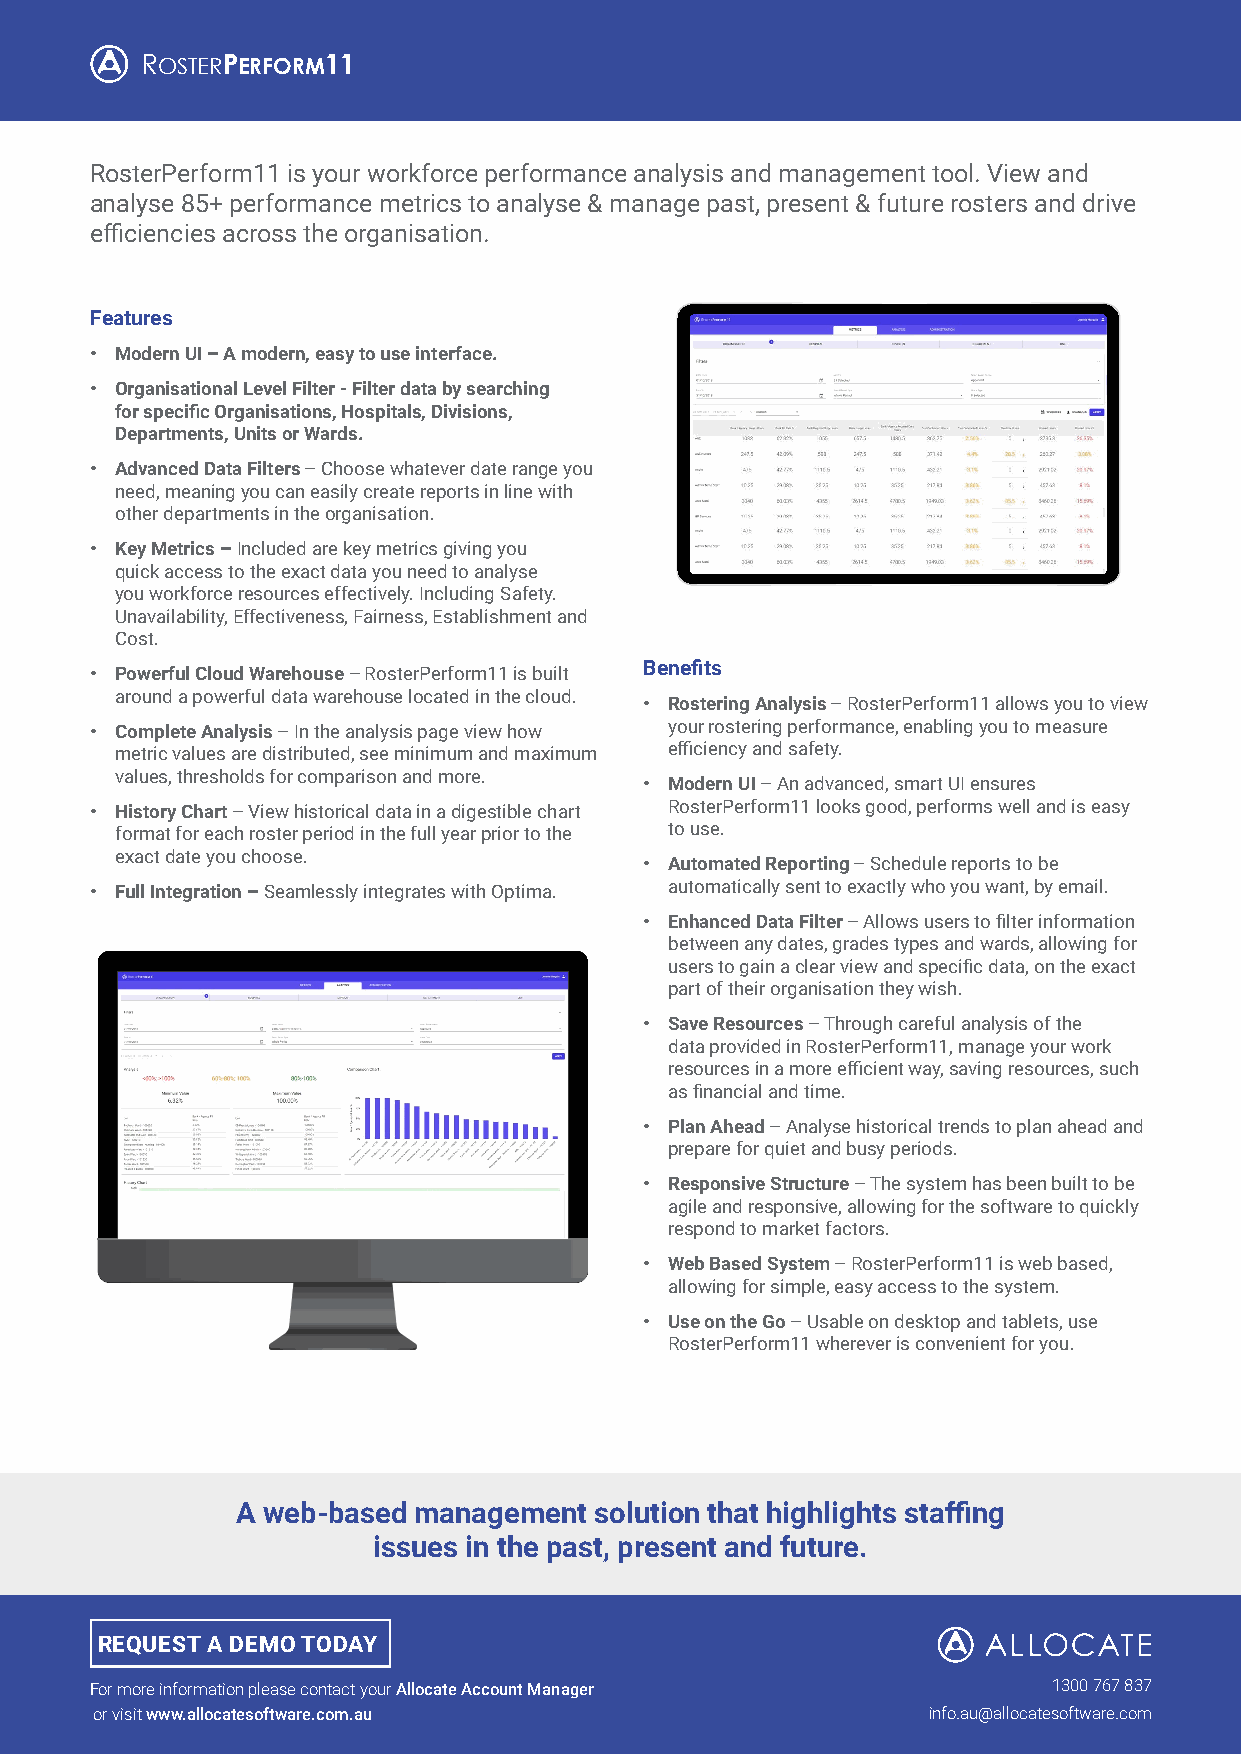
ROSTERPERFORM11
 RosterPerform11 is your workforce performance analysis and management tool. View and
 analyse 85+ performance metrics to analyse & manage past, present & future rosters and drive
 efficiencies across the organisation.
 Features
 • Modern UI – A modern, easy to use interface.
 • Organisational Level Filter - Filter data by searching
 for specific Organisations, Hospitals, Divisions,
 Departments, Units or Wards.
 • Advanced Data Filters – Choose whatever date range you
 need, meaning you can easily create reports in line with
 other departments in the organisation.
 • Key Metrics – Included are key metrics giving you
 quick access to the exact data you need to analyse
 you workforce resources effectively. Including Safety.
 Unavailability, Effectiveness, Fairness, Establishment and
 Cost.
 Benefits
 • Powerful Cloud Warehouse – RosterPerform11 is built
 around a powerful data warehouse located in the cloud.
 • Rostering Analysis – RosterPerform11 allows you to view
 • Complete Analysis – In the analysis page view how your rostering performance, enabling you to measure
 metric values are distributed, see minimum and maximum efficiency and safety.
 values, thresholds for comparison and more.
 • Modern UI – An advanced, smart UI ensures
 • History Chart – View historical data in a digestible chart RosterPerform11 looks good, performs well and is easy
 format for each roster period in the full year prior to the to use.
 exact date you choose.
 • Automated Reporting – Schedule reports to be
 • Full Integration – Seamlessly integrates with Optima. automatically sent to exactly who you want, by email.
 • Enhanced Data Filter – Allows users to filter information
 between any dates, grades types and wards, allowing for
 users to gain a clear view and specific data, on the exact
 part of their organisation they wish.
 • Save Resources – Through careful analysis of the
 data provided in RosterPerform11, manage your work
 resources in a more efficient way, saving resources, such
 as financial and time.
 • Plan Ahead – Analyse historical trends to plan ahead and
 prepare for quiet and busy periods.
 • Responsive Structure – The system has been built to be
 agile and responsive, allowing for the software to quickly
 respond to market factors.
 • Web Based System – RosterPerform11 is web based,
 allowing for simple, easy access to the system.
 • Use on the Go – Usable on desktop and tablets, use
 RosterPerform11 wherever is convenient for you.
 A web-based management solution that highlights staffing
 issues in the past, present and future.
 REQUEST A DEMO TODAY
 For more information please contact your Allocate Account Manager 1300 767 837
 or visit www.allocatesoftware.com.au                   info.au@allocatesoftware.com